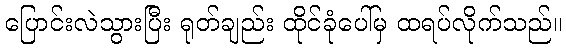
ပြောင်းလဲသွားပြီး ရုတ်ချည်း ထိုင်ခုံပေါ်မှ ထရပ်လိုက်သည်။